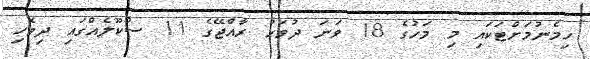
ހިމެނުމަށްޓަކައި މި މަހުގެ 18 ވަނަ ދުވަހު ރާއްޖޭގެ 11 ސްކޫލެއްގައި ދިވެހި